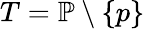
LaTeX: T=\mathbb{P}\setminus\{ p\}